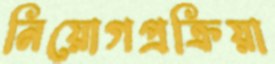
নিয়োগপ্রক্রিয়া